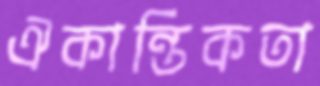
ঐকান্তিকতা